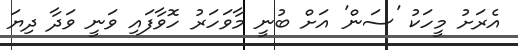
އެރަށު މީހަކު 'ސަން' އަށް ބުނީ މާވަހަރު ހޮވާފައި ވަނީ ވަދާ ދިޔަ